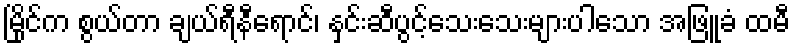
မြိုင်က စွယ်တာ ချယ်ရီနီရောင်၊ နှင်းဆီပွင့်သေးသေးများပါသော အဖြူခံ ထမီ